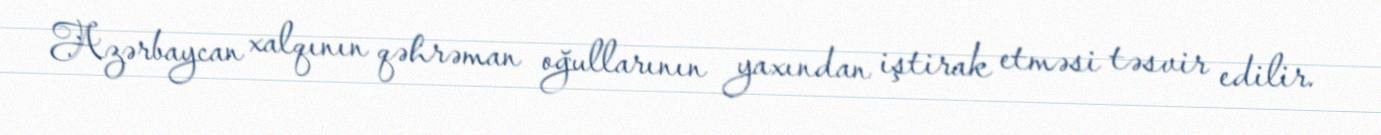
Azərbaycan xalqının qəhrəman oğullarının yaxından iştirak etməsi təsvir edilir.